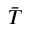
\Bar { T }